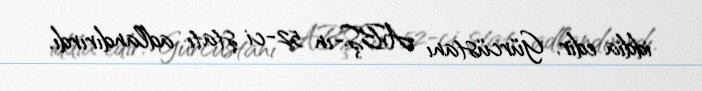
iddia edir, Gürcüstanı ABŞ-ın 52-ci ştatı adlandırırdı.